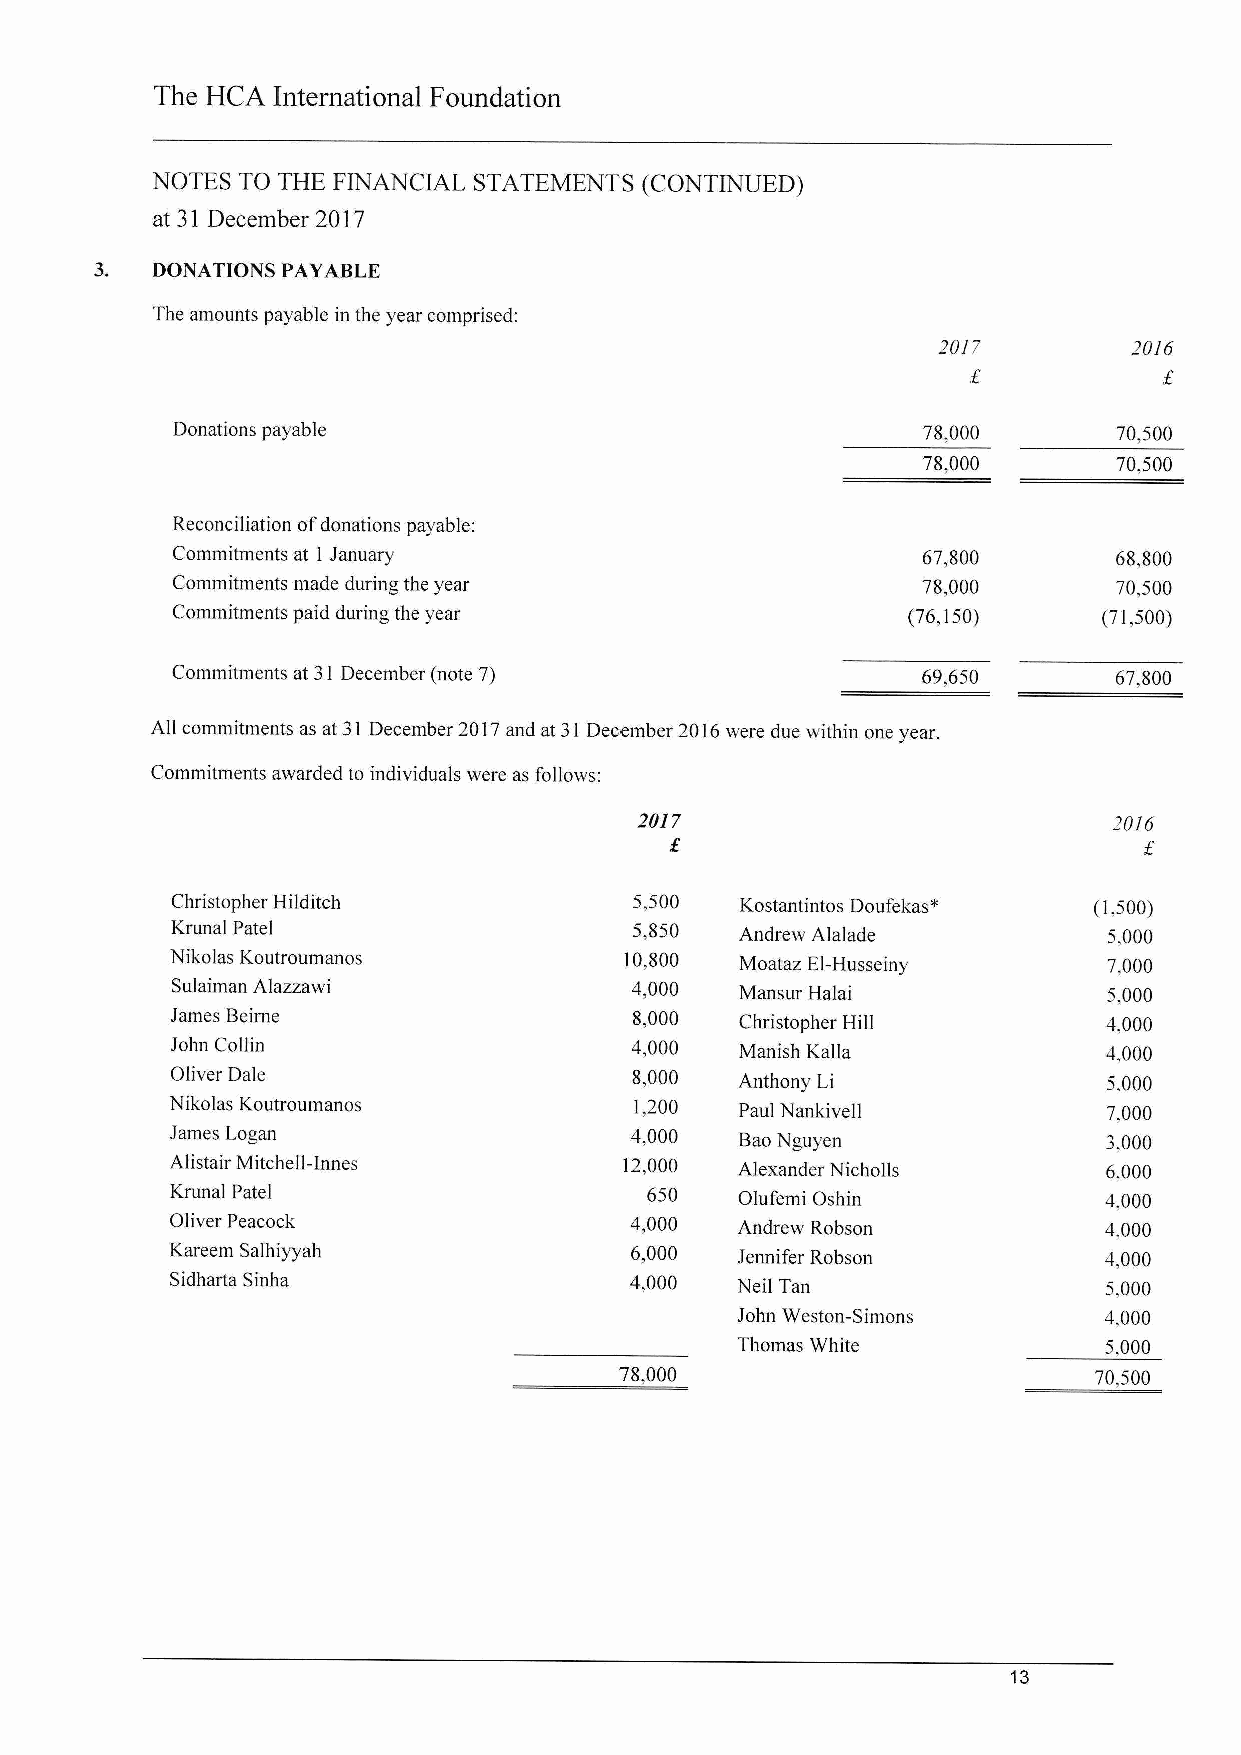
The HCA International Foundation
 NOTES TO THE FINANCIAL STATEMENTS (CONTINUED)
 at 31 December 2017
 3.  DONATIONS PAYABLE
 The amounts payable in the year comprised:
 2017         2016
 Donations payable                                 78,000       70,500
 78,000       70,500
 Reconciliation ofdonations payable:
 Commitments at 1 January                          67,800       68,800
 Commitments made during the year                  78,000       70,500
 Commitments paid during the year                 (76,150)     (71,500)
 Commitments at 31December (note 7)                69,650       67,800
 All commitments as at 31 December 2017and at 31December 2016were due within one year.
 Commitments awarded to individuals were as follows:
 2017                            2016
 Christopher Hilditch           5,500  Kostantintos Doufekas* (1,500)
 Krunal Patel                   5,850  Andrew Alalade          5,000
 Nikolas Koutroumanos          10,800  Moataz El-Husseiny      7,000
 Sulaiman Alazzawi              4,000  Mansur Halai            5,000
 James Beirne                   8,000  Christopher Hill        4,000
 John Collin                    4,000  Manish Kalla            4,000
 Oliver Dale                    8,000  Anthony Li              5.000
 Nikolas Koutroumanos           1,200  Paul Nankivel1          7,000
 James Logan                    4,000  BaoNguyen               3,000
 Alistair Mitchell-lnnes       12,000  Alexander Nicholls      6,000
 Krunal Patel                    650   Olufemi Oshin           4,000
 Oliver Peacock                 4,000  Andrew Robson           4,000
 Kareem Salhiyyah               6,000  Jennifer Robson         4,000
 Sidharta Sinha                 4,000  Neil Tan                5,000
 John Weston-Simons      4,000
 Thomas White            5,000
 78,000                         70,500